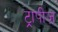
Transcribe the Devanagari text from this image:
ट्रापीज़